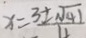
x = \frac { 3 \pm \sqrt { 4 1 } } { 1 1 }